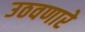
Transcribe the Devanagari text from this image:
उठवणारे